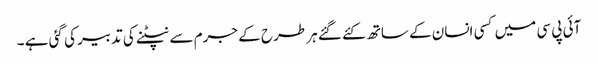
آئی پی سی میں کسی انسان کے ساتھ کئے گئے ہر طرح کے جرم سے نپٹنے کی تدبیر کی گئی ہے ۔